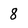
Character: 8